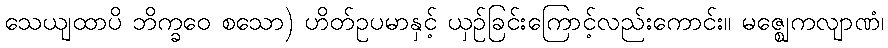
သေယျထာပိ ဘိက္ခဝေ စသော) ဟိတ်ဥပမာနှင့် ယှဉ်ခြင်းကြောင့်လည်းကောင်း။ မဇ္ဈေကလျာဏံ၊